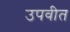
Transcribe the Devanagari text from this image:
उपवीत